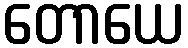
တောယေ